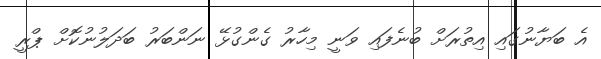
އެ ބަޔާނުގައި އިތުރަށް ބުނެފައި ވަނީ މިހާރު ގެންގުޅޭ ނަންބަރު ބަދަލުނުކޮށް ޕްރީ